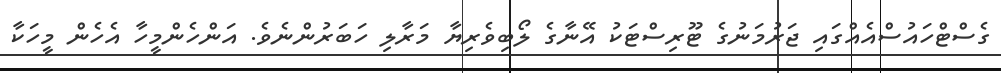
ގެސްޓްހައުސްއެއްގައި ޖަރުމަނުގެ ޓޫރިސްޓަކު އޭނާގެ ލޯބިވެރިޔާ މަރާލި ހަބަރުންނެވެ. އަންހެންމީހާ އެހެން މީހަކާ